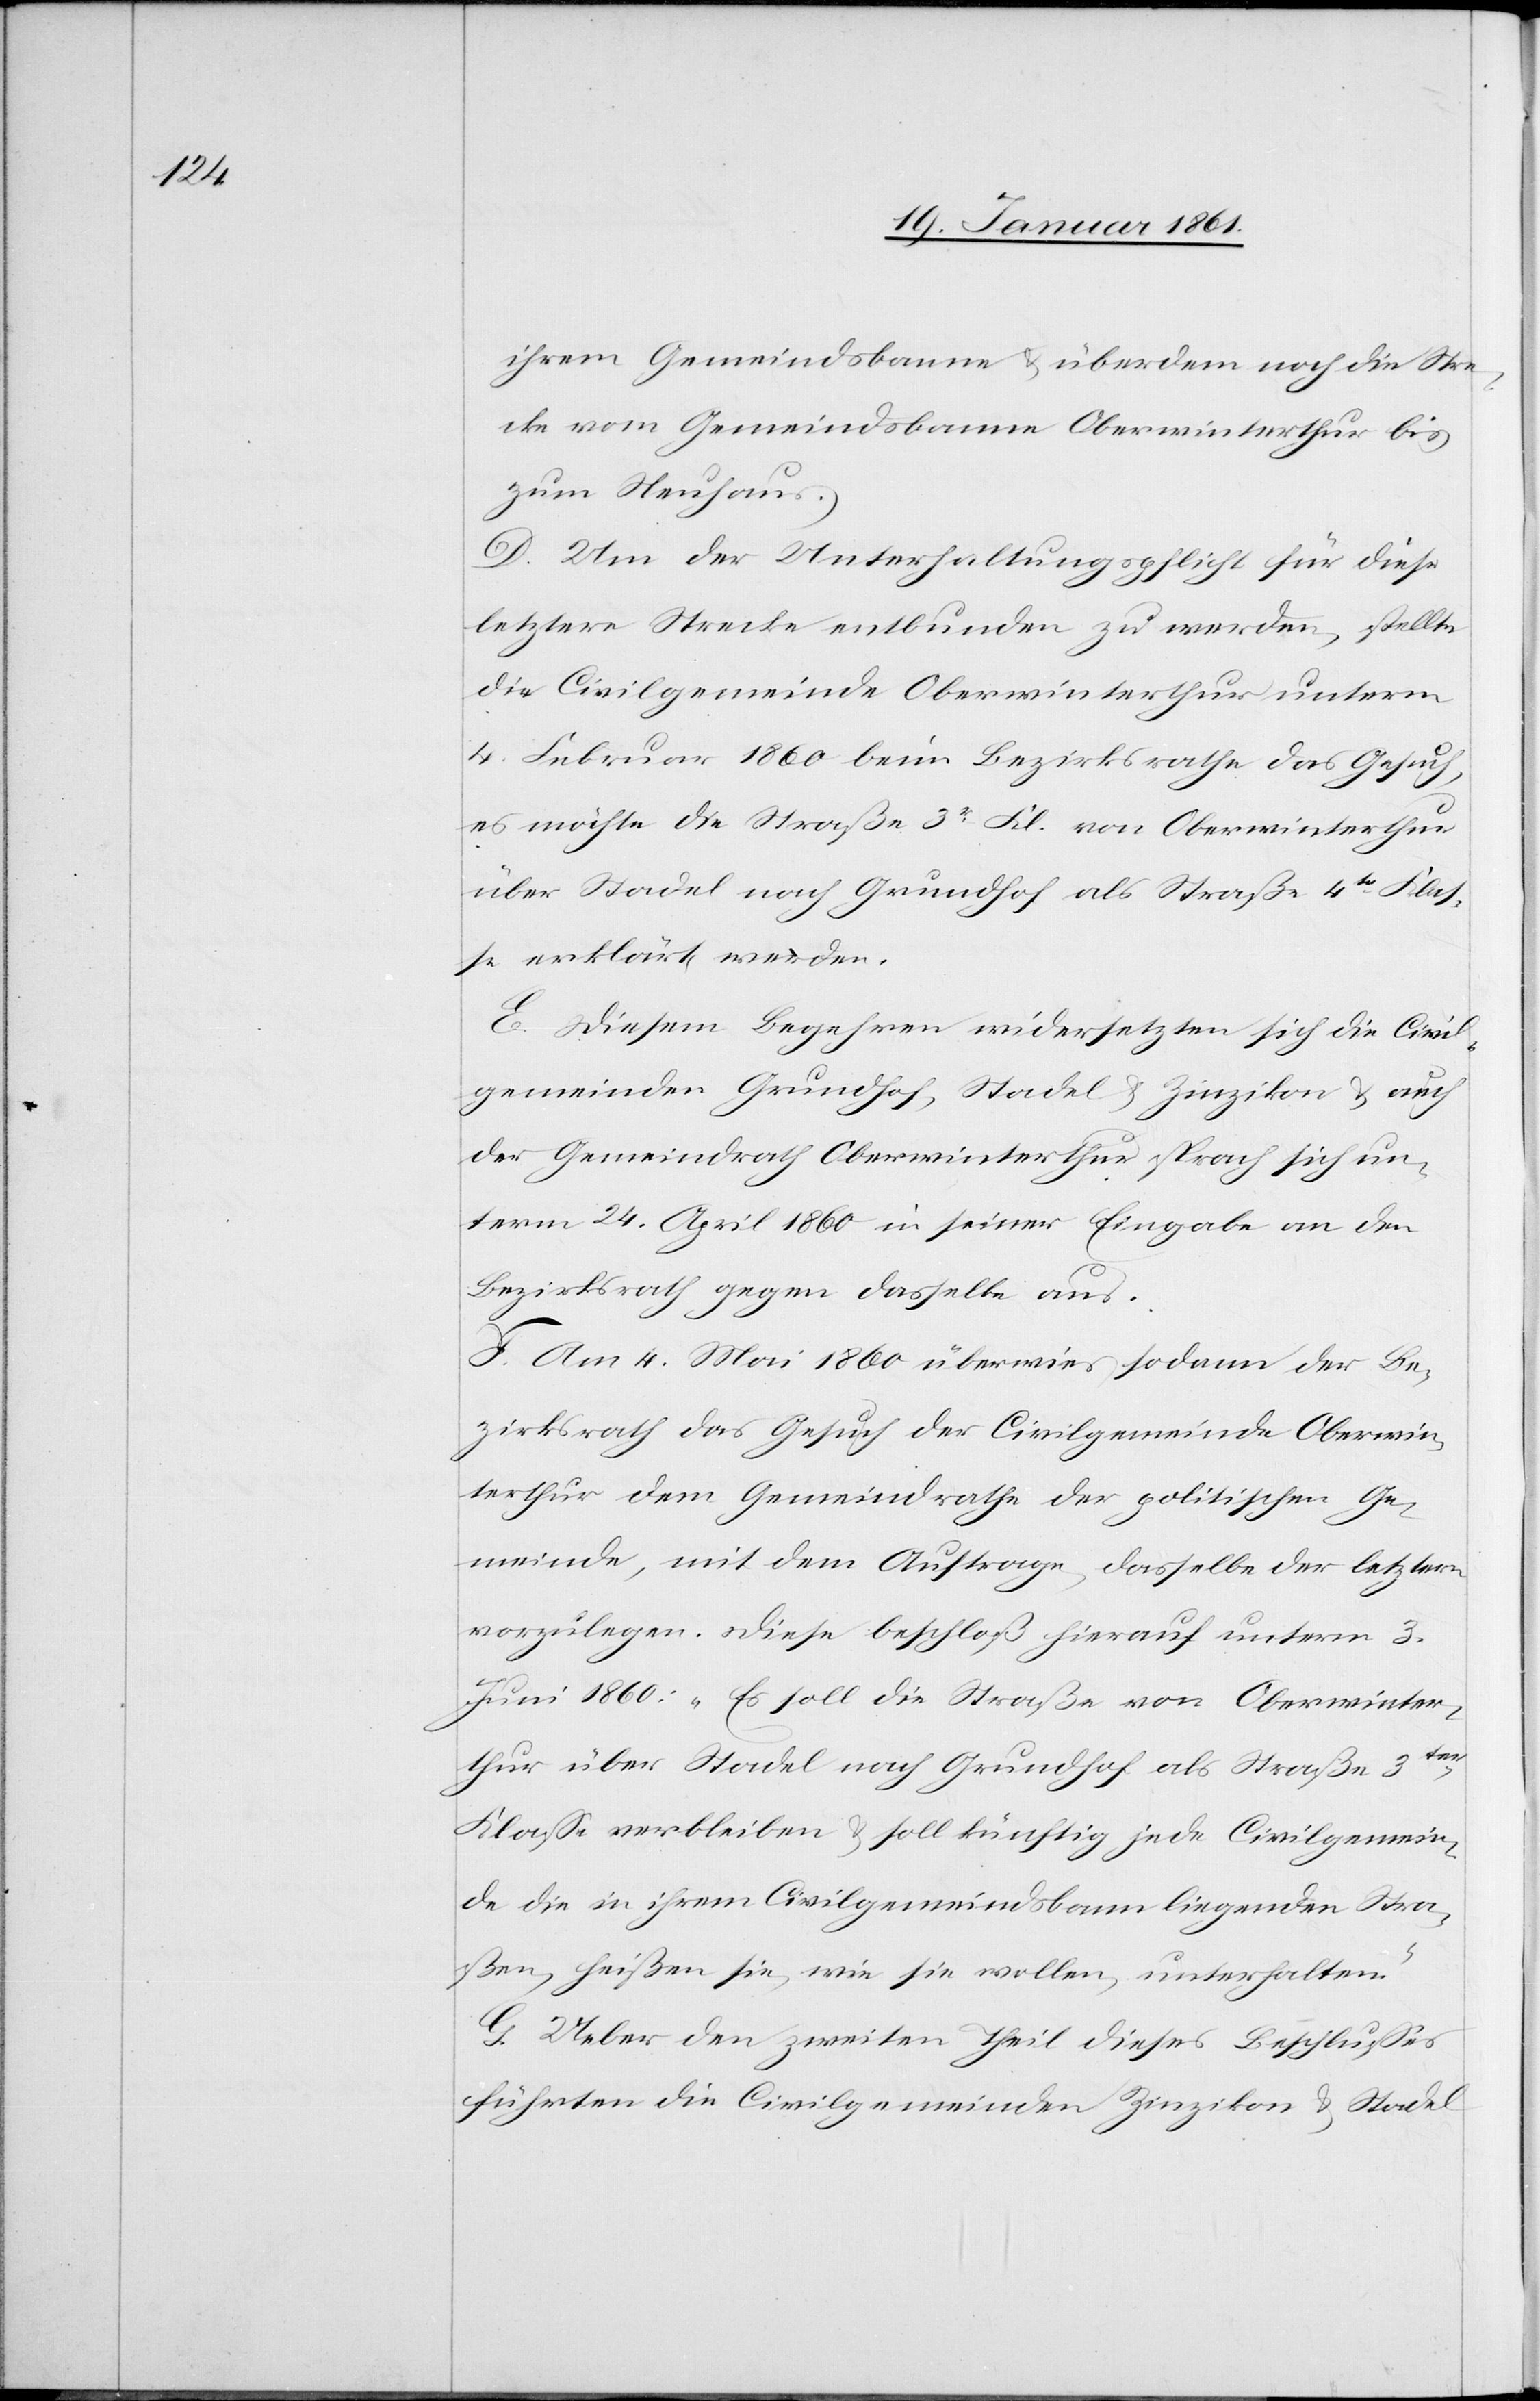
ihrem Gemeindsbanne u. überdem noch die Stre¬
cke vom Gemeindsbanne Oberwinterthur bis
zum Neuhaus.
D. Um der Unterhaltungspflicht für diese
letztere Strecke entbunden zu werden, stellte
die Civilgemeinde Oberwinterthur unterm
4. Februar 1860 beim Bezirksrathe das Gesuch,
es möchte die Straße 3r Kl. von Oberwinterthur
über Stadel nach Grundhof als Straße 4tr Klas¬
se erklärt werden.
E. Diesem Begehren widersetzten sich die Civil¬
gemeinden Grundhof, Stadel u. Zinzikon u. auch
der Gemeindrath Oberwinterthur sprach sich un¬
term 24. April in seiner Eingabe an den
Bezirksrath gegen dasselbe aus.
F. Am 4. Mai 1860 überwies sodann der Be¬
zirksrath das Gesuch der Civilgemeinde Oberwin¬
terthur dem Gemeindrathe der politischen Ge¬
meinde, mit dem Auftrage dasselbe der letztern
vorzulegen. Diese beschloß hierauf unterm 3.
Juni 1860: „Es soll die Straße von Oberwinter¬
thur über Stadel nach Grundhof als Straße 3ter
Klasse verbleiben u. soll künftig jede Civilgemein¬
de die in ihrem Civilgemeindsbann liegenden Stra¬
ßen, heißen sie, wie sie wollen, unterhalten.“
G. Ueber den zweiten Theil dieses Beschlusses
führten die Civilgemeinden Zinzikon u. Stadel